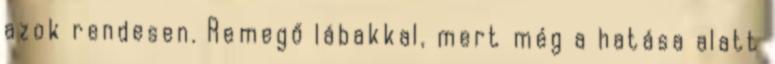
azok rendesen. Remegő lábakkal, mert még a hatása alatt